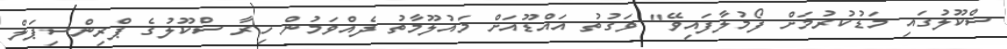
ސްކޫލުގައި މަޑުކުރުމަށް ފޯމުލާފައިވޭ" ވަގުތު އައްޑޫއަށް މައުލޫމާތު ދެއްވަމުން ހިރާ ސްކޫލުގެ ޕްރިންސިޕަލް